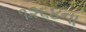
૧૨૬૪ના